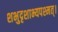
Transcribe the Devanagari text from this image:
शभुदृशाभ्यपश्मत्।